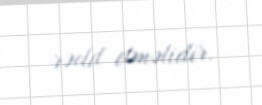
rədd etməlidir.